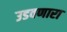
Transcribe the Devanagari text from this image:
उडवणारा